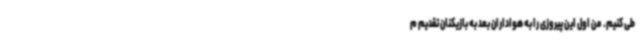
طی کنیم. من اول این پیروزی را به هواداران بعد به بازیکنان تقدیم م